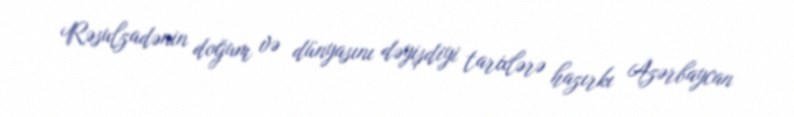
Rəsulzadənin doğum və dünyasını dəyişdiyi tarixlərə hazırkı Azərbaycan